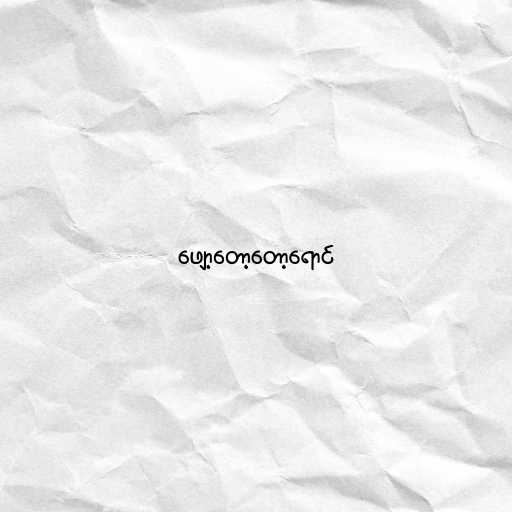
ဖျော့တော့တော့ရောင်